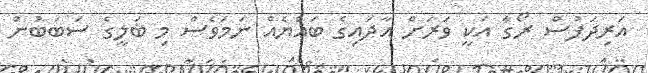
އަރިދަފުސް ރޯގާ އަކީ ވަރަށް އާދައިގެ ބައްޔެއް ނަމަވެސް މި ބަލީގެ ސަބަބުން